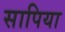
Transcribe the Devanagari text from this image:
सापिया